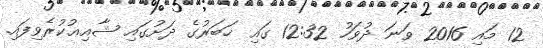
12 މައި 2016 ވަނަ ދުވަހު 12:32 ގައި ޚަބަރުގެ ދަށުގައި ޝާއިޢުކުރެވިފައި.